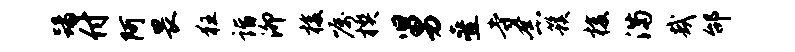
踢付阿畏狂诣泖梭嘱楔舅叠寺念簇梭满哉邰